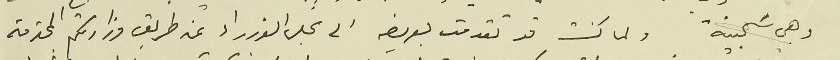
وهي سَجينة ولما كنت قد تقدمت بعريضه الى مجلس الوزراء عن طريق وزارتكم المحترمة